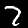
Digit: 7